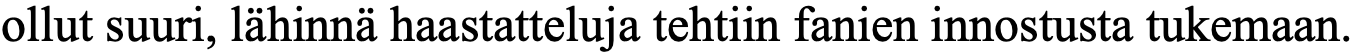
ollut suuri, lähinnä haastatteluja tehtiin fanien innostusta tukemaan.